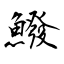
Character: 鱍